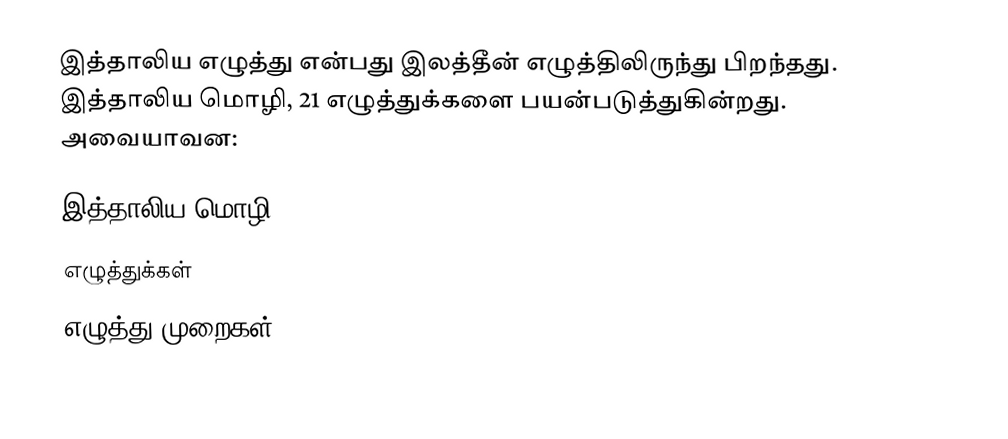
இத்தாலிய எழுத்து என்பது இலத்தீன் எழுத்திலிருந்து பிறந்தது. இத்தாலிய மொழி, 21 எழுத்துக்களை பயன்படுத்துகின்றது. அவையாவன:

இத்தாலிய மொழி
எழுத்துக்கள்
எழுத்து முறைகள்